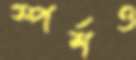
স্পর্শও